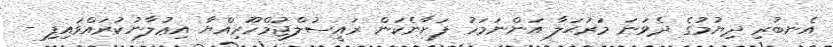
އެނބުރި ދިޔުމުގެ ދެވަނަ މަރުޙަލާ އަންނަމަހު ފަށާނެކަން ރައީސުލްޖުމްހޫރިއްޔާ އިޢުލާނުކުރައްވައިފި -